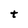
Character: t